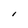
Character: l